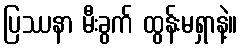
ပြဿနာ မီးခွက် ထွန်းမရှာနဲ့။